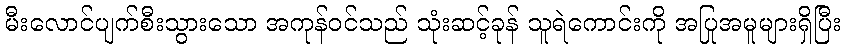
မီးလောင်ပျက်စီးသွားသော အကုန်ဝင်သည် သုံးဆင့်ခုန် သူရဲကောင်းကို အပြုအမူများရှိပြီး